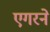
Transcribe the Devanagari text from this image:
एगरने